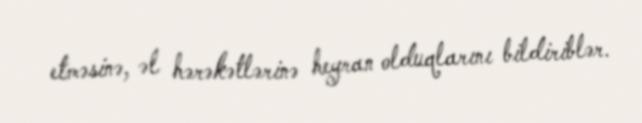
etməsinə, əl hərəkətlərinə heyran olduqlarını bildiriblər.